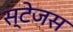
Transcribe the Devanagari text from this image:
स्टेजस